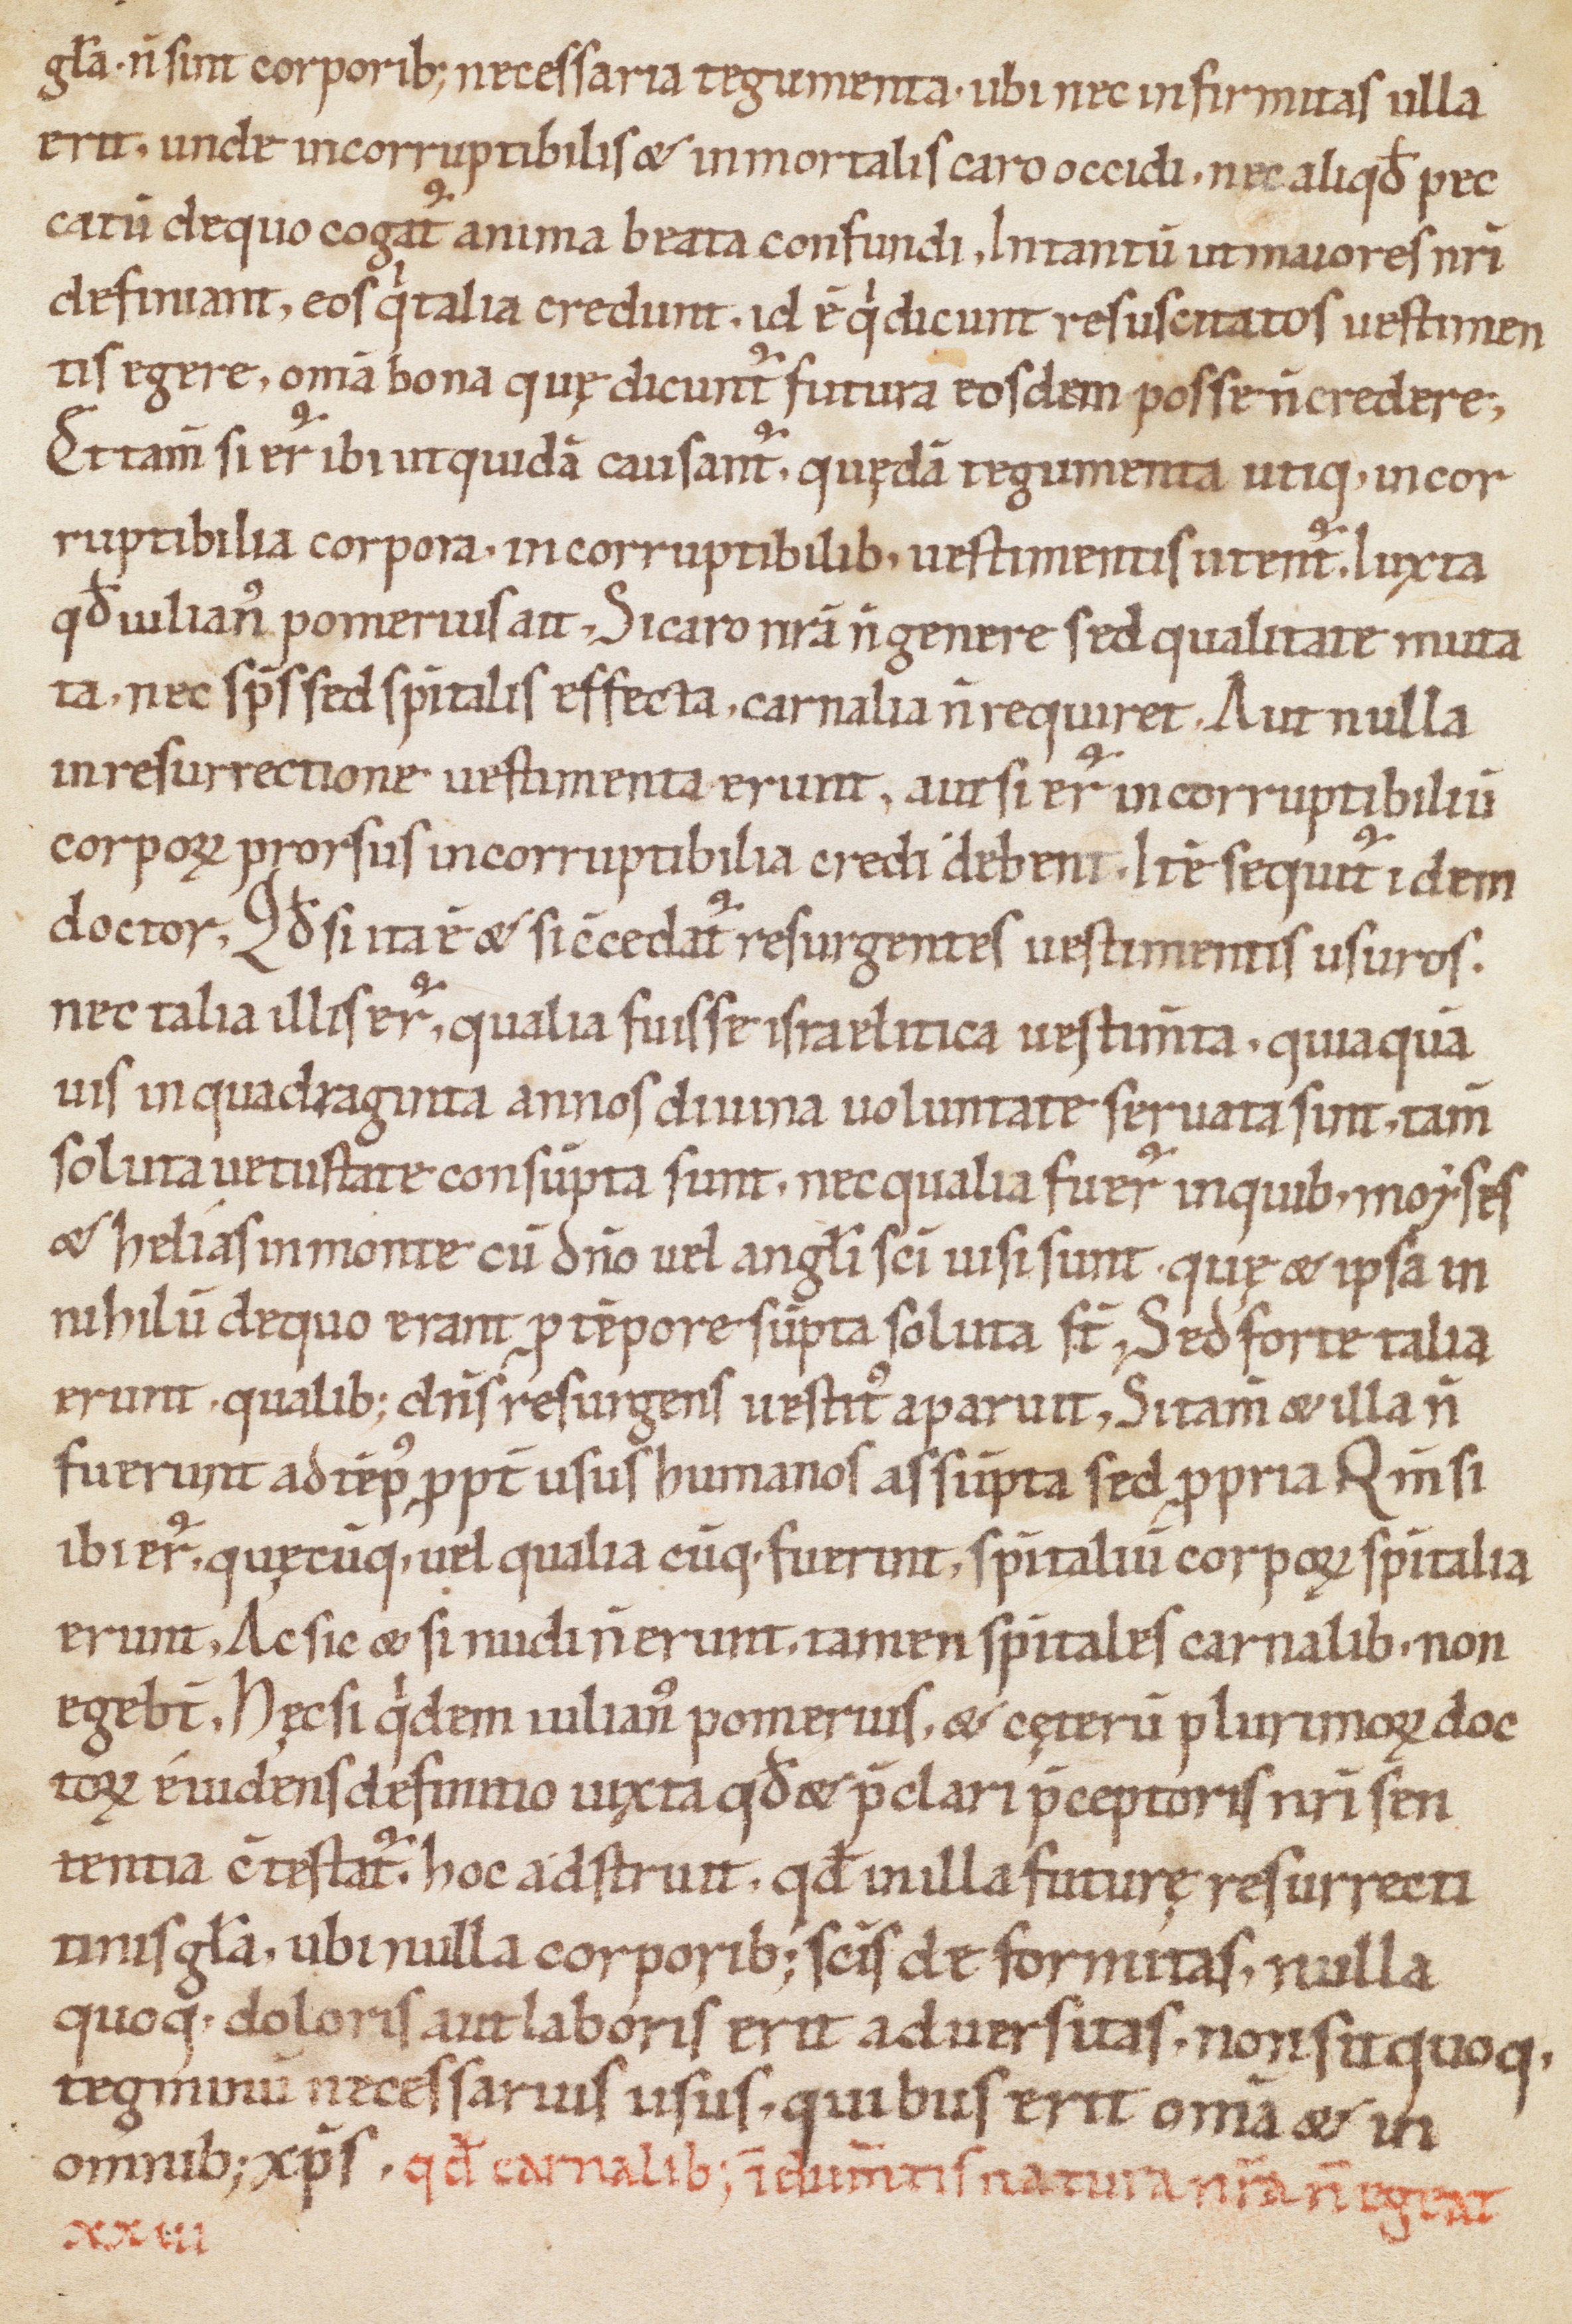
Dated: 1000–1099